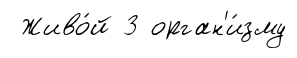
Живо́й 3 орган'и́зму